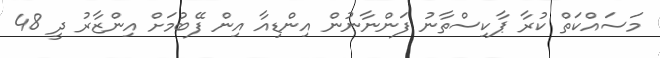
މަސައްކަތް ކުރާ ޕާކިސްތާނު ފަންނާނުން އިންޑިއާ އިން ފޭބުމަށް އިންޒާރު ދީ 48